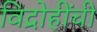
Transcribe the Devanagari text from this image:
विद्रोहींची